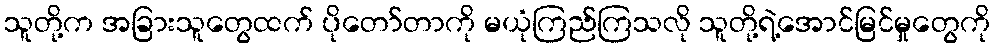
သူတို့က အခြားသူတွေထက် ပိုတော်တာကို မယုံကြည်ကြသလို သူတို့ရဲ့အောင်မြင်မှုတွေကို